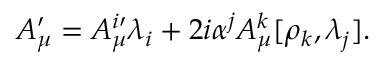
A _ { \mu } ^ { \prime } = A _ { \mu } ^ { i \prime } \lambda _ { i } + 2 i \alpha ^ { j } A _ { \mu } ^ { k } [ \rho _ { k } , \lambda _ { j } ] .